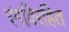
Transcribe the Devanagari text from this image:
रंगविरहित